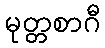
မုတ္တစာဂီ